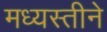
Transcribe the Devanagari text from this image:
मध्यस्तीने